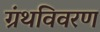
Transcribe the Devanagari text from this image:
ग्रंथविवरण